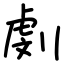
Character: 㓺